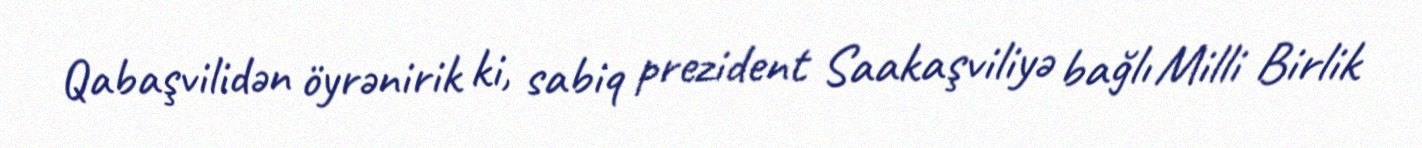
Qabaşvilidən öyrənirik ki, sabiq prezident Saakaşviliyə bağlı Milli Birlik